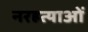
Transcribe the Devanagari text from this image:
नरहत्याओं